Vital statistics of India. Vol. IV, Annual returns from 1871 to 1876. British Army of India, Native Army and jails of Bengal
Year: 1871
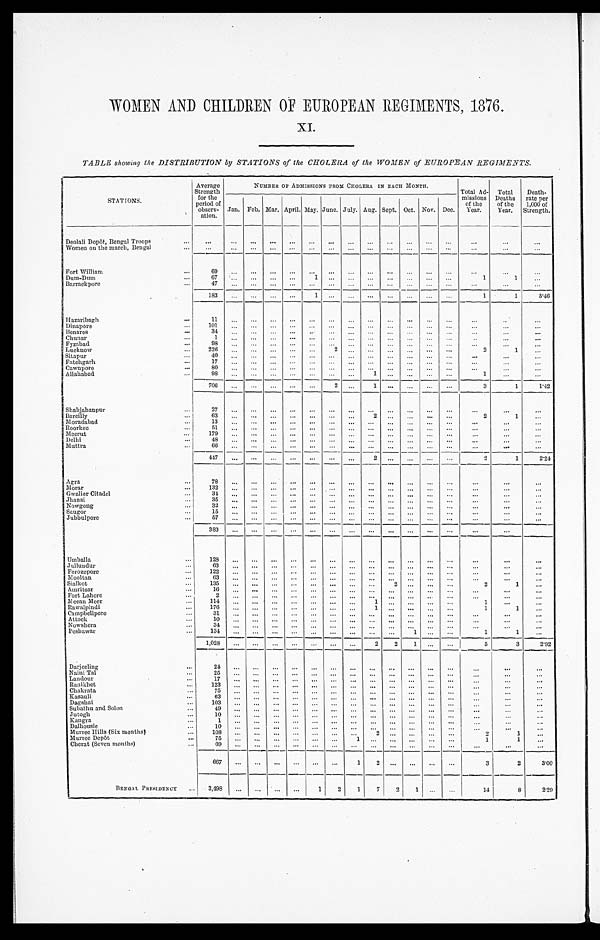
WOMEN AND CHILDREN OF EUROPEAN REGIMENTS , 1876.
XI.
TABLE showing the DISTRIBUTION by STATIONS of the CHOLERA of the WOMEN of EUROPEAN REGIMENTS.
STATIONS.
Average
Strength
for the
period of
observ- ation.
NUMBER OF ADMISSIONS FROM CHOLERA IN EACH MONTH.
Total
Ad- missions of the
Year. Total
Deaths of the
Year.
Death-
rate per
1,000 of
Strength.
Jan. Feb. Mar. April. May. June. July. Aug. Sept. Oct. Nov. Dec.
Deolali Dopôt, Bengal Troops
Women on the march, Bengal
Fort William
69
Dum-Dum
67
1
1
1
Barrackpore
47
1 8 3
1
1
1
5.46
Hazaribagh
11
Dinapore
101
Benares
34
Chunar
1
Fyzabad
Lucknow
98 226
2
2
1
Sitapur
40
Fatehgarh
17
Cawnpore
80
Allahabad
98
1
1
7 0 6
2
1
3
1
1 . 4 2
Shahjahanpur
2 7
Bareilly
6 3
2
2
1
Moradabad
13
Roorkee
51
Meerut
179
Delhi
4 8
Muttra
66
447
2
2
1
2 . 2 4
Agra
7 8
M o r a r 132
Gwalior Citadel
34
Jhansi
35
Nowgong
32
Saugor
15
Jubbulpore
57
383
Umballa
128
Jullundur
63
Ferozepore
122
Mooltan
63
Sialkot
135
2
2
1
Amritsar
16
Fort Lahore
2
Meean Meer
1 1 4
1
1
Rawalpindi
1 7 6
1
1
1
Campbellpore
31
Attock
10
Nowshera
34
Peshawar
134
1
1
1
1,028
2 2 1
5
3
2 . 9 2
Darjeeling
24
Naini Tal
25
Landour
17
Ranikhet
123
Chakrata
75
Kasauli
6 3
Dagshai
103
Subathu and Solon
49
Jutogh
10
Kangra
1
Dalhousie
10
Murree Hills (Six months)
108
2
2
1
Murree Depôt
7 5
1
1 1
Cherat (Seven months)
6 9
6 6 7
1 2
3
2
3 . 0 0
BENGAL PRESIDENCY
3,498
1
2 1
7
2
1
1 4
8
2 . 2 9